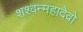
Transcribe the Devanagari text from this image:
शश्वन्महादेवो